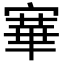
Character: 𡪤